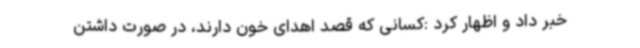
خبر داد و اظهار کرد :کسانی که قصد اهدای خون دارند، در صورت داشتن